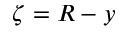
\zeta = R - y